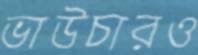
ভাউচারও